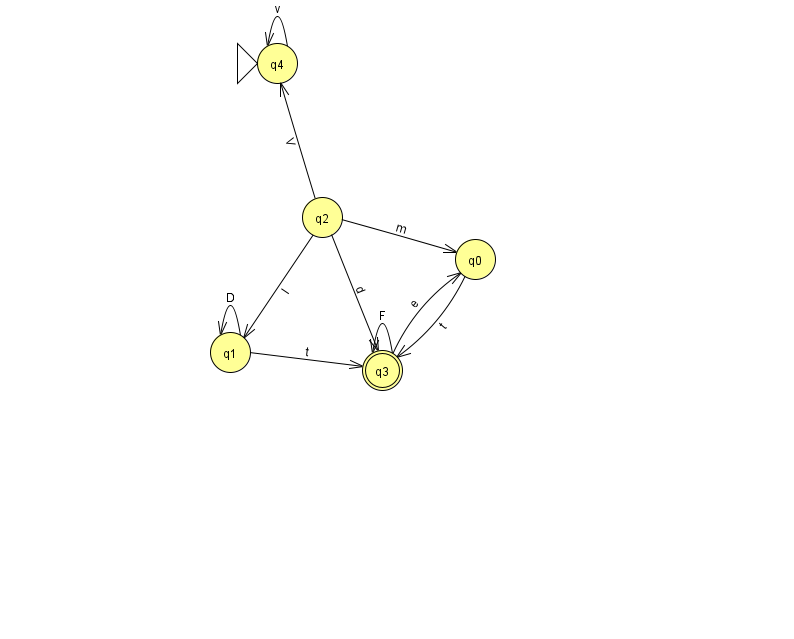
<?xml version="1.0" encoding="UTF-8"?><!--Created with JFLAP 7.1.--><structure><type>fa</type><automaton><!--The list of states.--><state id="0" name="q0"><x>475.0</x><y>246.0</y></state><state id="1" name="q1"><x>230.0</x><y>339.0</y></state><state id="2" name="q2"><x>322.0</x><y>204.0</y></state><state id="3" name="q3"><x>382.0</x><y>357.0</y><final/></state><state id="4" name="q4"><x>277.0</x><y>50.0</y><initial/></state><!--The list of transitions.--><transition><from>2</from><to>4</to><read>V</read></transition><transition><from>1</from><to>1</to><read>D</read></transition><transition><from>2</from><to>1</to><read>l</read></transition><transition><from>3</from><to>3</to><read>F</read></transition><transition><from>4</from><to>4</to><read>v</read></transition><transition><from>1</from><to>3</to><read>t</read></transition><transition><from>0</from><to>3</to><read>t</read></transition><transition><from>3</from><to>0</to><read>e</read></transition><transition><from>2</from><to>0</to><read>m</read></transition><transition><from>2</from><to>3</to><read>d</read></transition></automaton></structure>